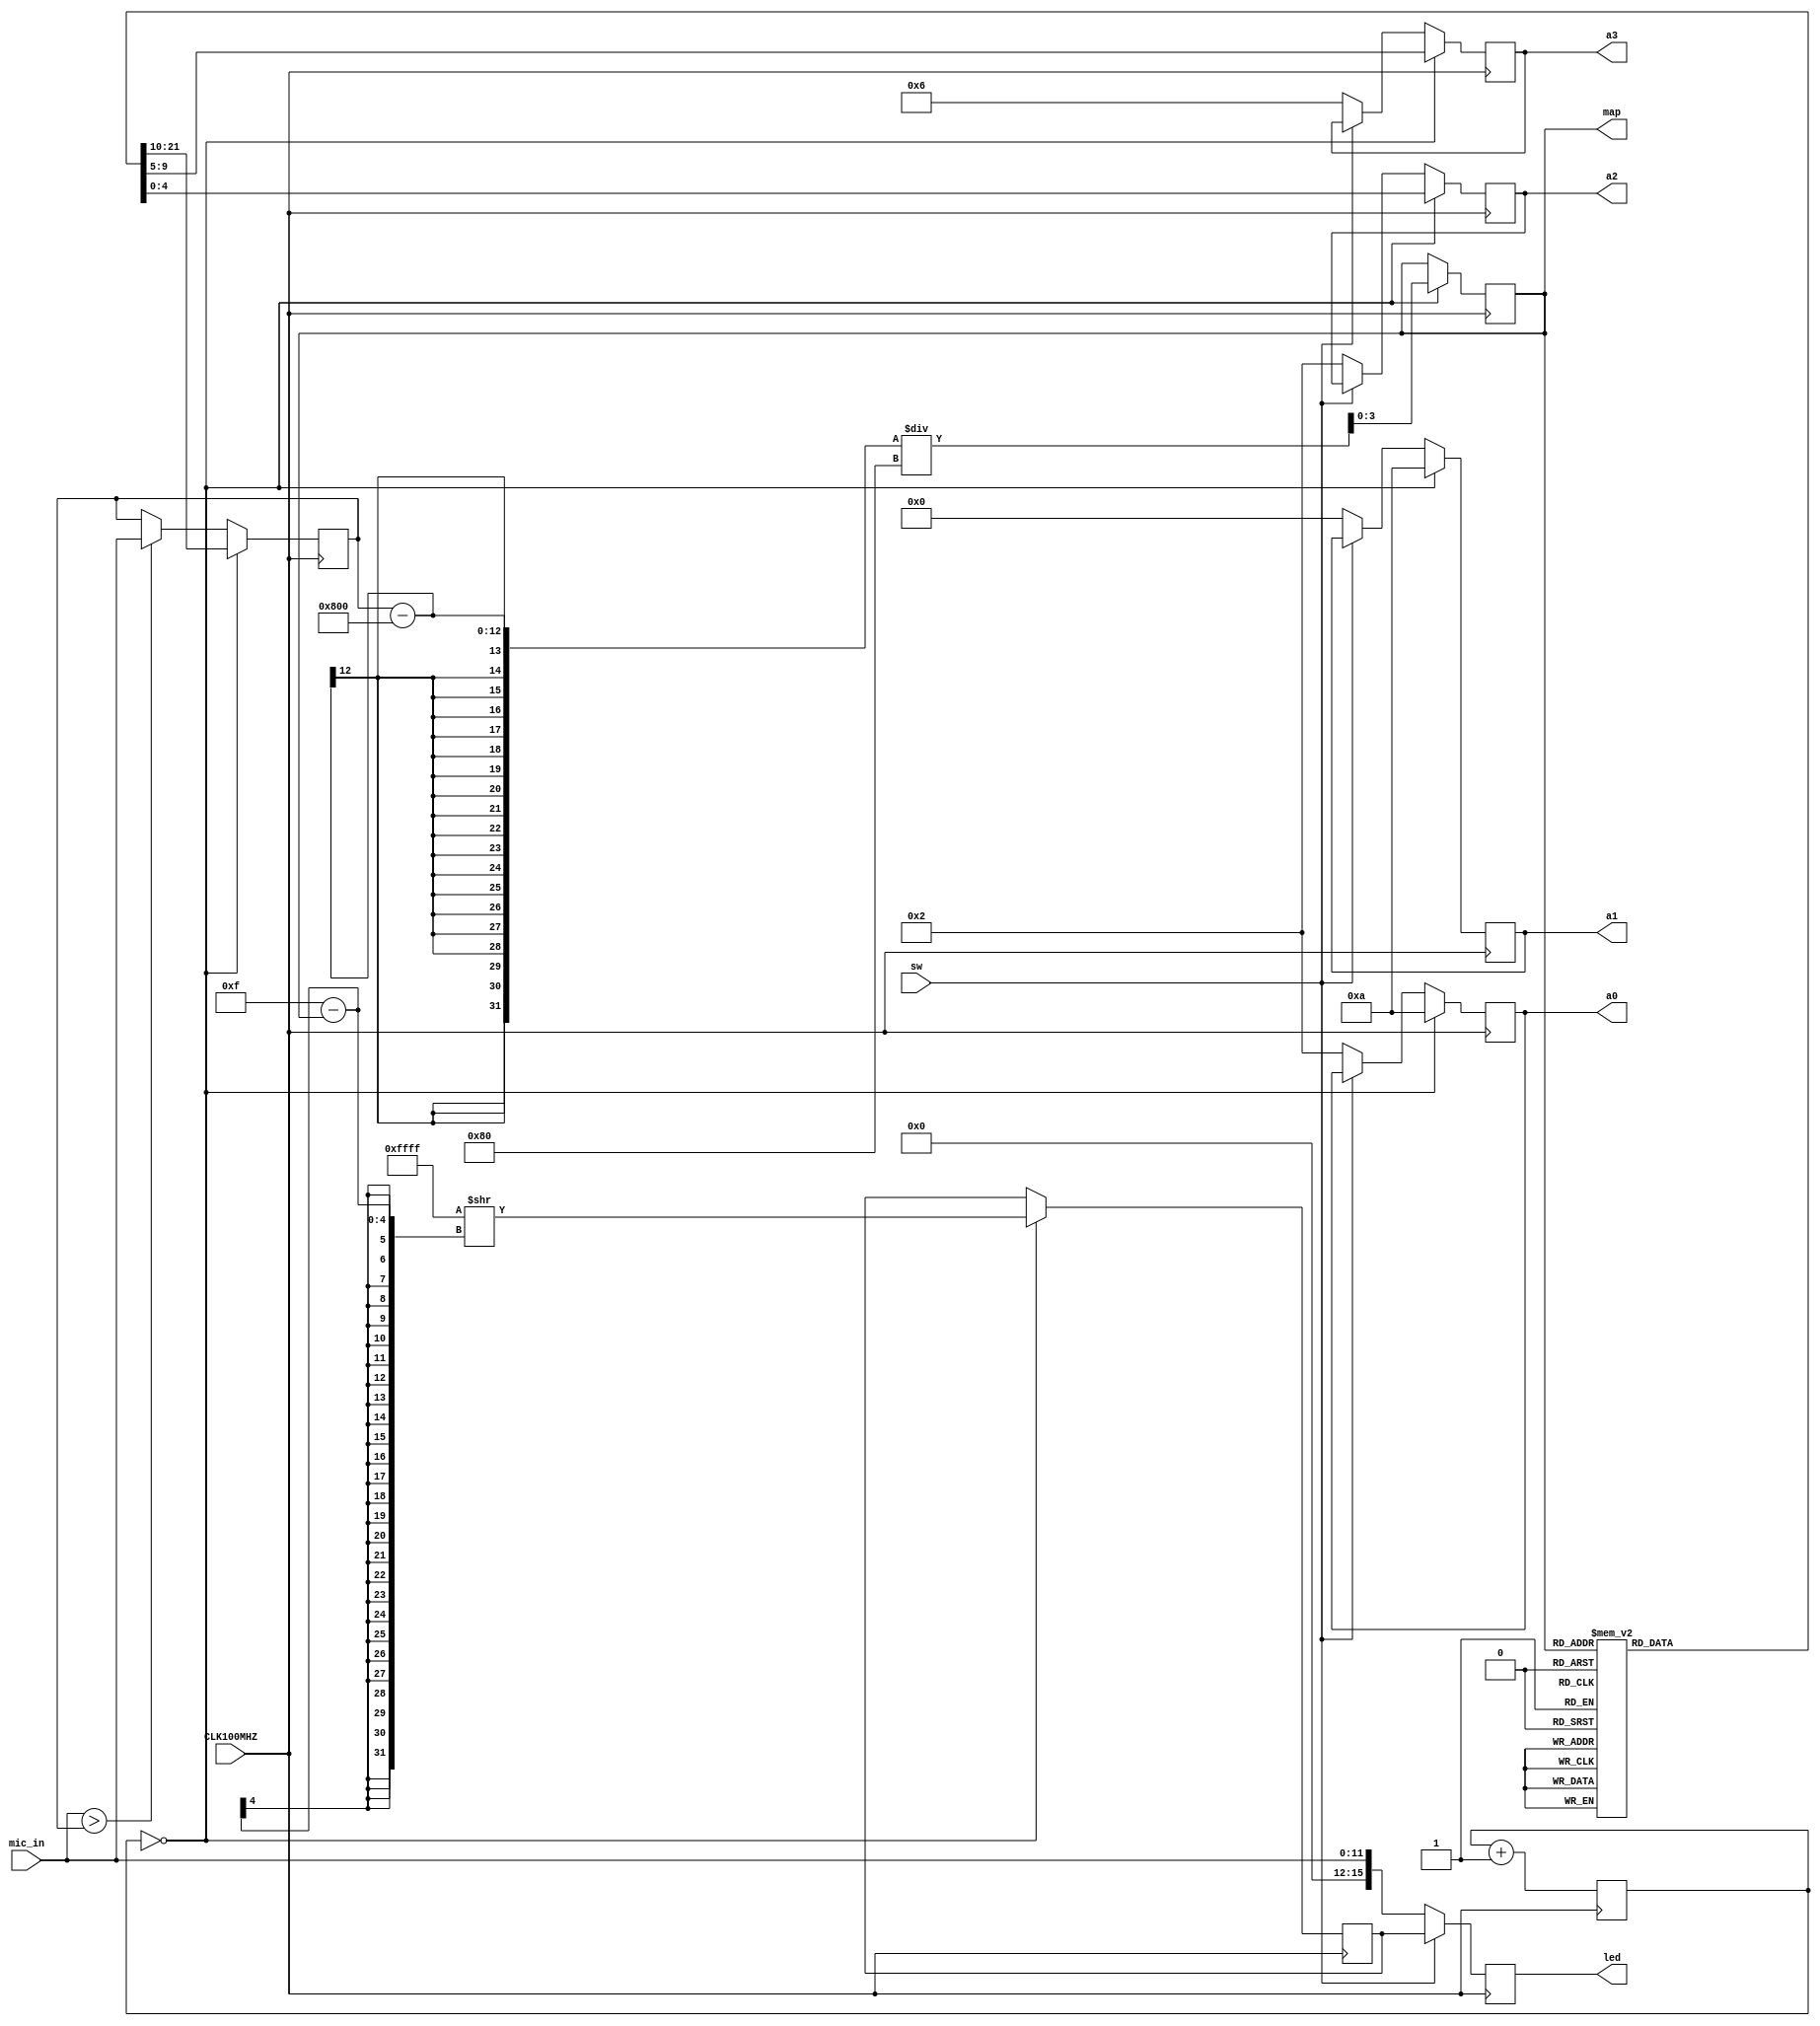
`timescale 1ns / 1ps

/*
    a2: display 0-9 on an1
    a3: display 0-9 on an0
    Use 10 to display nothing
*/

module get_map(
    input CLK100MHZ,
    input sw,
    input [11:0] mic_in,
    output reg [3:0] map,
    output reg [4:0] a0 = 10,
    output reg [4:0] a1 = 10,
    output reg [4:0] a2 = 10,
    output reg [4:0] a3 = 10,
    output reg [15:0] led
    );
    
    reg [15:0] currled = 0;
    reg [11:0] max = 0;
    reg [23:0] clock_2s = 0;
    
    always @ (posedge CLK100MHZ) begin
        clock_2s <= clock_2s + 1;
        if (mic_in > max) begin
            max <= mic_in;
        end
        
        if (sw == 0) begin
            led <= mic_in;
            a0 <= 2;
            a1 <= 0;
            a2 <= 2;
            a3 <= 6;
        end
        else begin
            led <= currled;
        end
        
        if (clock_2s == 0) begin
            map <= (max - 2048) / 128;
            currled <= 16'b1111111111111111 >> (15 - map);
            a0 <= 10;
            a1 <= 10;
            case (map)
                0: begin a2 <= 10; a3 <= 0; max <= 0; end
                1: begin a2 <= 10; a3 <= 1; max <= 0; end
                2: begin a2 <= 10; a3 <= 2; max <= 0; end
                3: begin a2 <= 10; a3 <= 3; max <= 0; end
                4: begin a2 <= 10; a3 <= 4; max <= 0; end
                5: begin a2 <= 10; a3 <= 5; max <= 0; end
                6: begin a2 <= 10; a3 <= 6; max <= 0; end
                7: begin a2 <= 10; a3 <= 7; max <= 0; end
                8: begin a2 <= 10; a3 <= 8; max <= 0; end
                9: begin a2 <= 10; a3 <= 9; max <= 0; end
                10: begin a2 <= 1; a3 <= 0; max <= 0; end
                11: begin a2 <= 1; a3 <= 1; max <= 0; end
                12: begin a2 <= 1; a3 <= 2; max <= 0; end
                13: begin a2 <= 1; a3 <= 3; max <= 0; end
                14: begin a2 <= 1; a3 <= 4; max <= 0; end
                15: begin a2 <= 1; a3 <= 5; max <= 0; end
                default: begin a2 <= 10; a3 <= 0; max <= 0; end
            endcase
        end
    end
endmodule